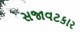
સજાવટકાર